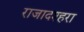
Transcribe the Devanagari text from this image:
राजादश्हरा